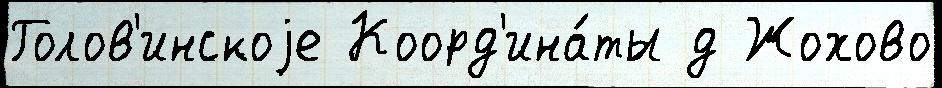
Голов'инскоjе Коорд'ина́ты д Жохово